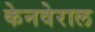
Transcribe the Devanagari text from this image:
केनवेराल